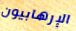
الإرهابيون